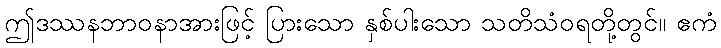
ဤဒဿနဘာဝနာအားဖြင့် ပြားသော နှစ်ပါးသော သတိသံဝရတို့တွင်။ ဧကံ